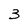
Character: 3